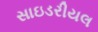
સાઇડરીયલ